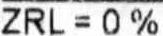
ZRL = 0%